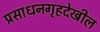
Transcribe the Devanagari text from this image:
प्रसाधनगृहदेखील